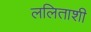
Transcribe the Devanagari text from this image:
ललिताशी